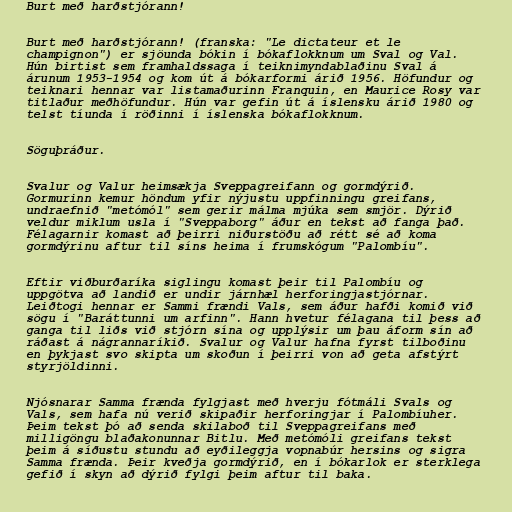
Burt með harðstjórann!

Burt með harðstjórann! (franska: "Le dictateur et le
champignon") er sjöunda bókin í bókaflokknum um Sval og Val.
Hún birtist sem framhaldssaga í teiknimyndablaðinu Sval á
árunum 1953-1954 og kom út á bókarformi árið 1956. Höfundur og
teiknari hennar var listamaðurinn Franquin, en Maurice Rosy var
titlaður meðhöfundur. Hún var gefin út á íslensku árið 1980 og
telst tíunda í röðinni í íslenska bókaflokknum.

Söguþráður.

Svalur og Valur heimsækja Sveppagreifann og gormdýrið.
Gormurinn kemur höndum yfir nýjustu uppfinningu greifans,
undraefnið "metómól" sem gerir málma mjúka sem smjör. Dýrið
veldur miklum usla í "Sveppaborg" áður en tekst að fanga það.
Félagarnir komast að þeirri niðurstöðu að rétt sé að koma
gormdýrinu aftur til síns heima í frumskógum "Palombíu".

Eftir viðburðaríka siglingu komast þeir til Palombíu og
uppgötva að landið er undir járnhæl herforingjastjórnar.
Leiðtogi hennar er Sammi frændi Vals, sem áður hafði komið við
sögu í "Baráttunni um arfinn". Hann hvetur félagana til þess að
ganga til liðs við stjórn sína og upplýsir um þau áform sín að
ráðast á nágrannaríkið. Svalur og Valur hafna fyrst tilboðinu
en þykjast svo skipta um skoðun í þeirri von að geta afstýrt
styrjöldinni.

Njósnarar Samma frænda fylgjast með hverju fótmáli Svals og
Vals, sem hafa nú verið skipaðir herforingjar í Palombíuher.
Þeim tekst þó að senda skilaboð til Sveppagreifans með
milligöngu blaðakonunnar Bitlu. Með metómóli greifans tekst
þeim á síðustu stundu að eyðileggja vopnabúr hersins og sigra
Samma frænda. Þeir kveðja gormdýrið, en í bókarlok er sterklega
gefið í skyn að dýrið fylgi þeim aftur til baka.